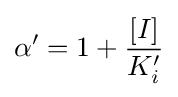
\alpha ^{\prime }=1+{\frac {[I]}{K_{i}^{\prime }}}